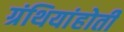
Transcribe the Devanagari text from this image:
ग्रंथियांहोती